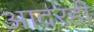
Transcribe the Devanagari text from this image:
आदरही